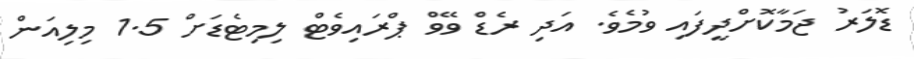
ޑޮލަރު ޖަމާކޮށްދީފައި ވުމެވެ. އަދި ރެޑް ވޭވް ޕްރައިވެޓް ލިމިޓެޑަށް 1.5 މިލިއަން